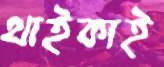
থাইকাই